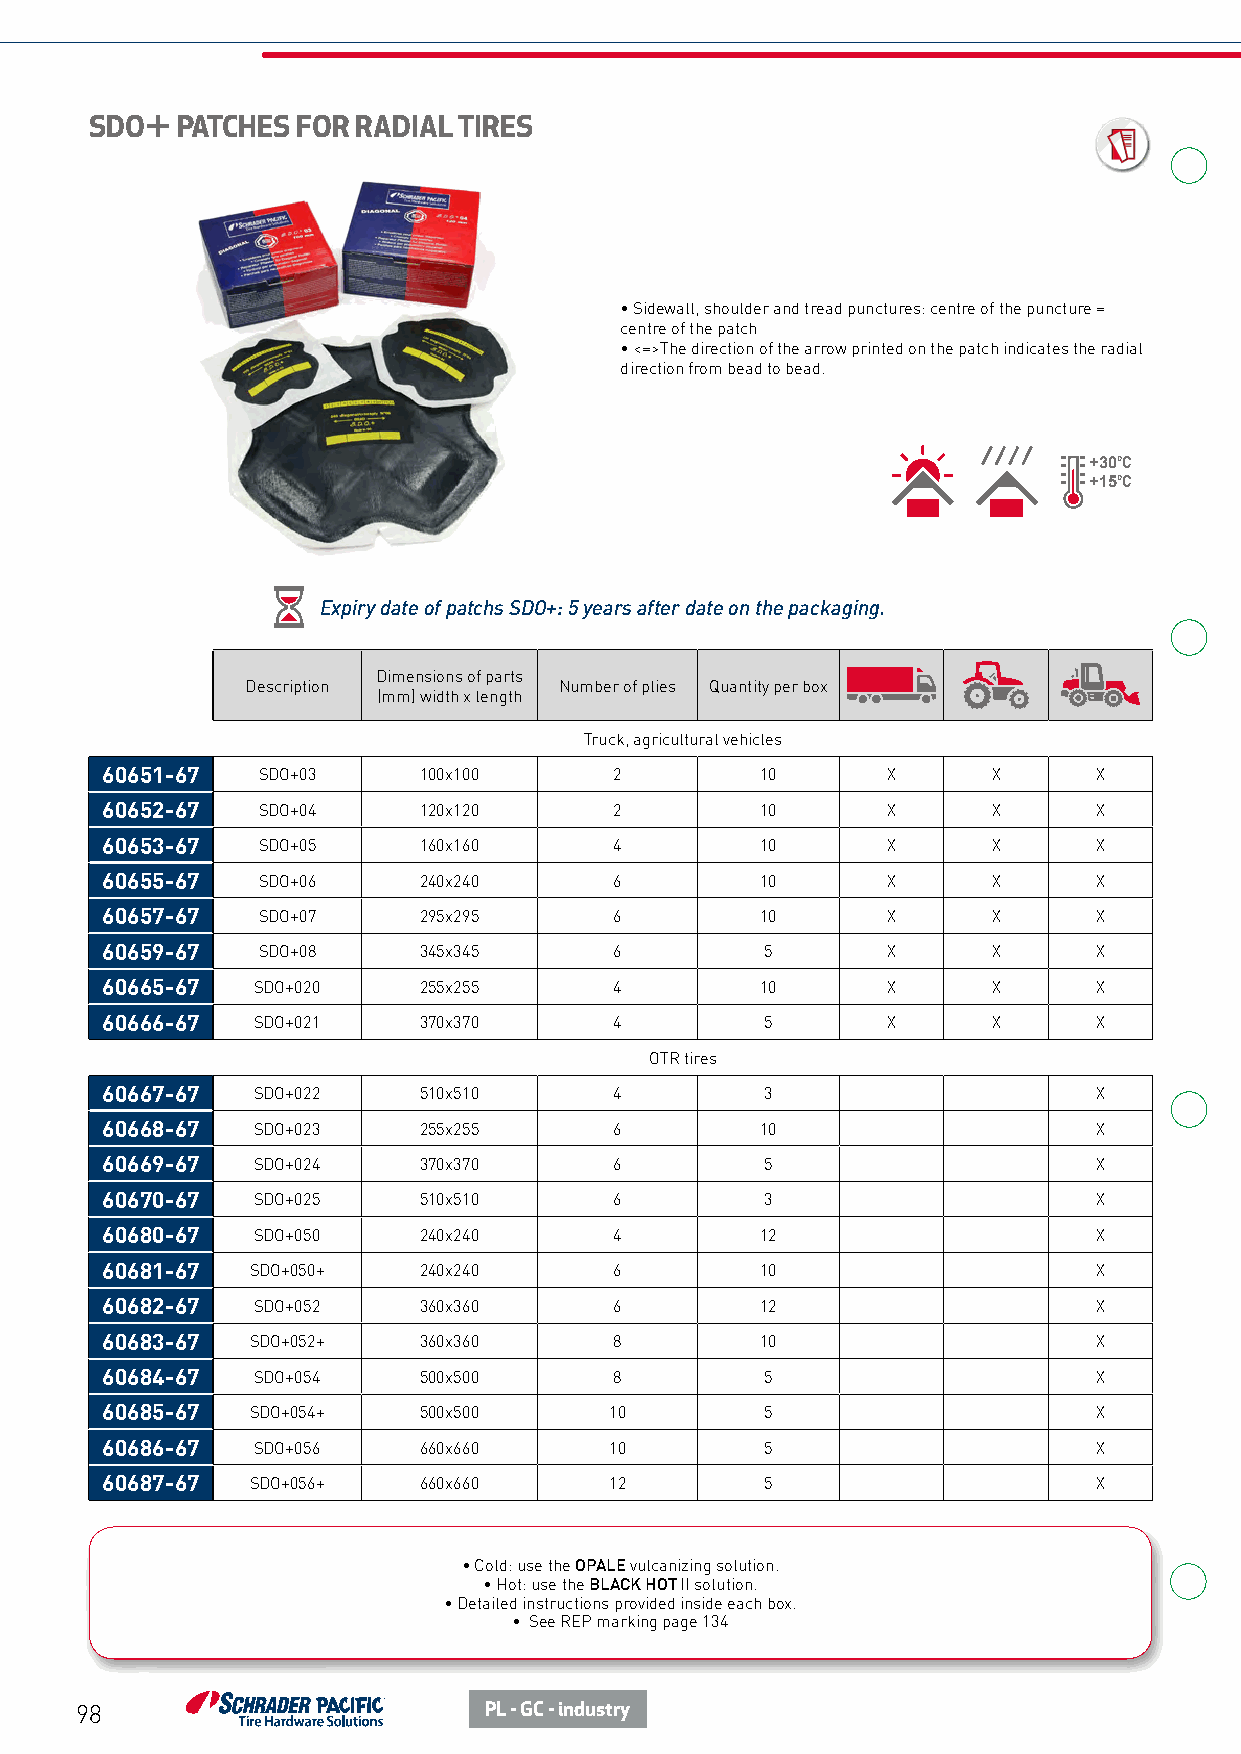
SDO+  PATCHES FOR RADIAL TIRES
 • Sidewall, shoulder and tread punctures: centre of the puncture =
 centre of the patch
 • <=>The direction of the arrow printed on the patch indicates the radial
 direction from bead to bead.
 +30°C
 +15°C
 Expiry date of patchs SDO+: 5 years after date on the packaging.
 Dimensions of parts
 Description          Number of plies Quantity per box
 (mm) width x length
 Truck, agricultural vehicles
 60651-67  SDO+03     100x100      2        10       X      X      X
 60652-67  SDO+04     120x120      2        10       X      X      X
 60653-67  SDO+05     160x160      4        10       X      X      X
 60655-67  SDO+06     240x240      6        10       X      X      X
 60657-67  SDO+07     295x295      6        10       X      X      X
 60659-67  SDO+08     345x345      6         5       X      X      X
 60665-67  SDO+020    255x255      4        10       X      X      X
 60666-67  SDO+021    370x370      4         5       X      X      X
 OTR tires
 60667-67  SDO+022    510x510      4         3                     X
 60668-67  SDO+023    255x255      6        10                     X
 60669-67  SDO+024    370x370      6         5                     X
 60670-67  SDO+025    510x510      6         3                     X
 60680-67  SDO+050    240x240      4        12                     X
 60681-67  SDO+050+   240x240      6        10                     X
 60682-67  SDO+052    360x360      6        12                     X
 60683-67  SDO+052+   360x360      8        10                     X
 60684-67  SDO+054    500x500      8         5                     X
 60685-67  SDO+054+   500x500     10         5                     X
 60686-67  SDO+056    660x660     10         5                     X
 60687-67  SDO+056+   660x660     12         5                     X
 • Cold: use the OPALE vulcanizing solution.
 • Hot: use the BLACK HOT II solution.
 • Detailed instructions provided inside each box.
 • See REP marking page 134
 98                         PL - GC - industry